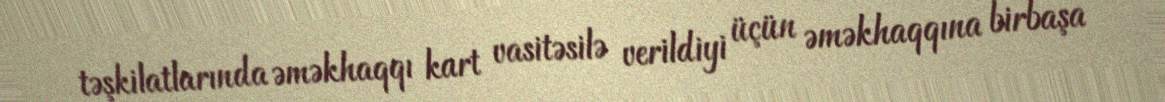
təşkilatlarında əməkhaqqı kart vasitəsilə verildiyi üçün əməkhaqqına birbaşa